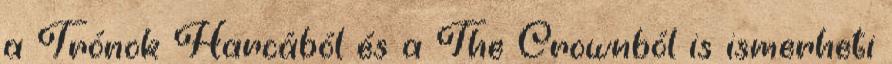
a Trónok Harcából és a The Crownból is ismerheti